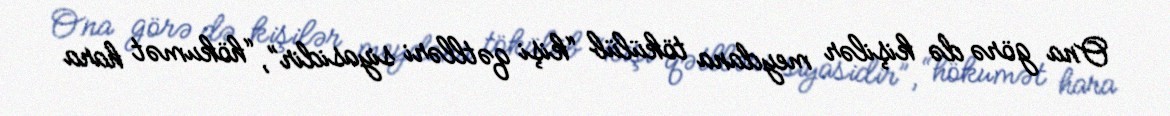
Ona görə də kişilər meydana tökülüb “kişi qətlləri siyasidir”, “hökumət hara